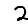
Digit: 2